Subject: cs
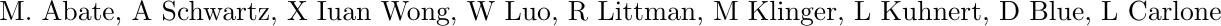
LaTeX code:
\begin{tikzpicture}[overlay, remember picture]
\path (current page.north east) ++(-3.5,-0.4) node[below left] {
  M. Abate, A Schwartz, X Iuan Wong, W Luo, R Littman, M Klinger, L Kuhnert, D Blue, L Carlone
};
\end{tikzpicture}